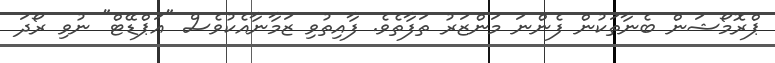
ޕްރޮމޯޝަން ބެނާތަކުން ފެންނަ މަންޒަރު ތަފާތެވެ. ފާއިތުވި ޒަމާނާއެކުވެސް "އަޕްޑޭޓް" ނުވި ރޯދަ